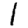
Digit: 1